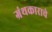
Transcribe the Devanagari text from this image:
ग्रंथकाराचे